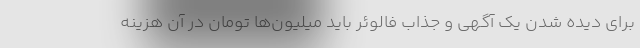
برای دیده شدن یک آگهی و جذاب فالوئر باید میلیون‌ها تومان در آن هزینه